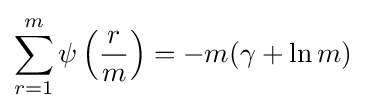
\sum _{r=1}^{m}\psi \left({\frac {r}{m}}\right)=-m(\gamma +\ln m)